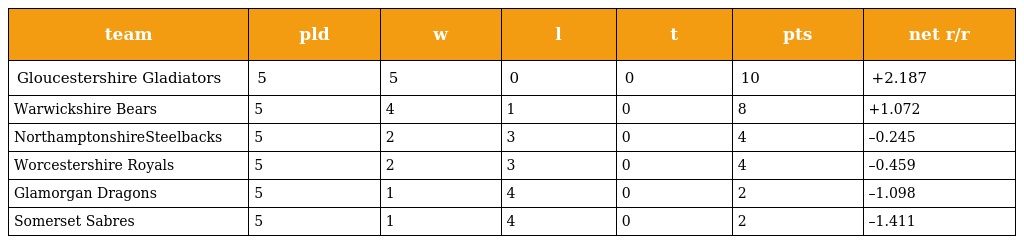
| team | pld | w | l | t | pts | net r/r |
 | --- | --- | --- | --- | --- | --- | --- |
 | Gloucestershire Gladiators | 5 | 5 | 0 | 0 | 10 | +2.187 |
 | Warwickshire Bears | 5 | 4 | 1 | 0 | 8 | +1.072 |
 | NorthamptonshireSteelbacks | 5 | 2 | 3 | 0 | 4 | –0.245 |
 | Worcestershire Royals | 5 | 2 | 3 | 0 | 4 | –0.459 |
 | Glamorgan Dragons | 5 | 1 | 4 | 0 | 2 | –1.098 |
 | Somerset Sabres | 5 | 1 | 4 | 0 | 2 | –1.411 |